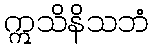
ဣသိနိသဘံ